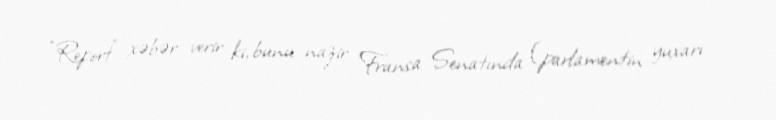
“Report” xəbər verir ki, bunu nazir Fransa Senatında (parlamentin yuxarı